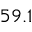
5 9 . 1